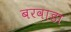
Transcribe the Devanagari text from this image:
बरवाडा